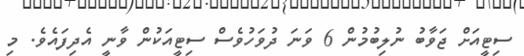
ސިޓީއަށް ޖަވާބު ނުލިބުމުން 6 ވަނަ ދުވަހުވެސް ސިޓީއަކުން ވާނީ އެދިފައެވެ. މި